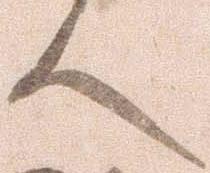
人